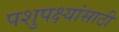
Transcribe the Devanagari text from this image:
पशुपक्ष्यांसाठी